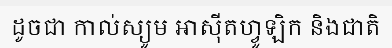
ដូចជា កាល់ស្យូម អាស៊ីតហ្វូឡិក និងជាតិ